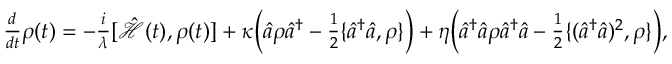
\begin{array} { r } { \frac { d } { d t } \rho ( t ) = - \frac { i } { \lambda } [ \hat { \mathcal { H } } ( t ) , \rho ( t ) ] + \kappa \Big ( \hat { a } \rho \hat { a } ^ { \dagger } - \frac { 1 } { 2 } \{ \hat { a } ^ { \dagger } \hat { a } , \rho \} \Big ) + \eta \Big ( \hat { a } ^ { \dagger } \hat { a } \rho \hat { a } ^ { \dagger } \hat { a } - \frac { 1 } { 2 } \{ ( \hat { a } ^ { \dagger } \hat { a } ) ^ { 2 } , \rho \} \Big ) , } \end{array}